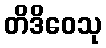
တိဒိဝေသု